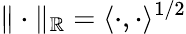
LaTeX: \| \cdot\| _{\mathbb{R}}=\langle\cdot,\cdot\rangle^{1/2}